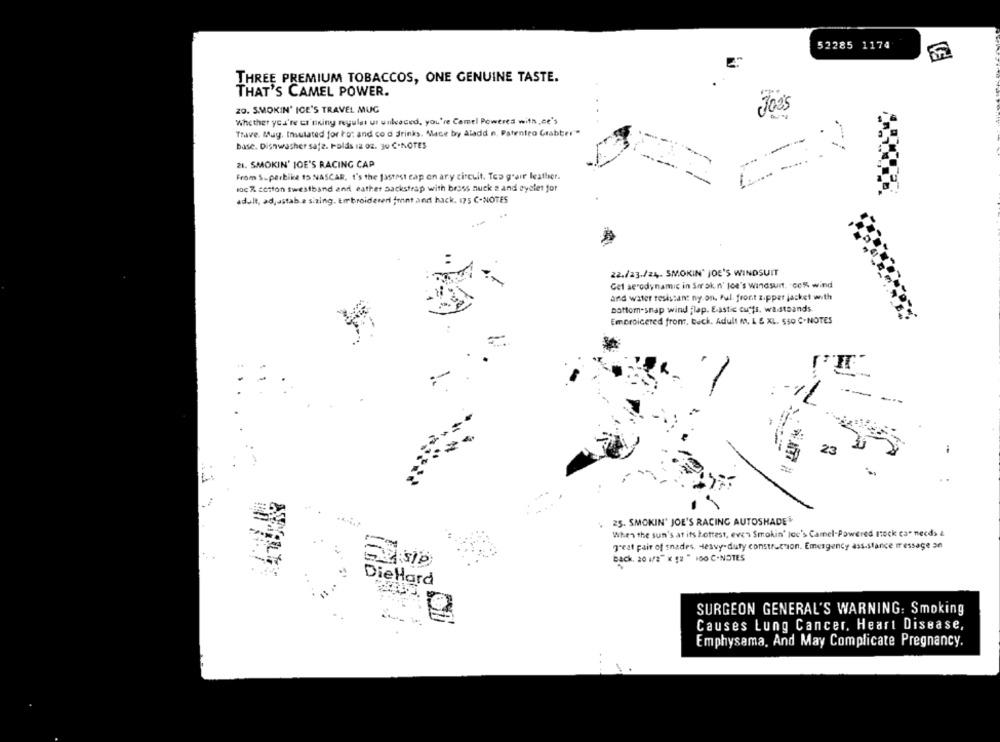
52285 1174
2.
THREE PREMIUM TOBACCOS, ONE GENUINE TASTE.
THAT'S CAMEL POWER.
20. SMOKIN' IGE'S TRAVEL MUG
Joe's
Whether yea're er aking regular ur unkoued, you're Camel Poweres with ,ce's
Trave. Mag. Insulated for to: and co d drinks. Mace by Aladd n. Patentro Grabber""
base. Dishwasher safe. Folds 12 oz. 30 ℃-NOTES
21. SMOKIN' JOE'S RACING CAP
--
From Superbike 15 NASCAR, t's the fastest cap on any circuit. Top g'sir leather.
loc % cotton twestband and eather sackstrap with brass nuck 2 and ayelet for
adult, adjustab.a sizing. Embroidereri front and hack. 175 C-NOTES
22./23./24. SMOKIN' JOE'S WINDSUIT
Get aerodynamic in Sorok.n' joe's windsurf. con wind
and water resistant ny on. Pul. front z.ppar jacket with
Bottom-snap wind flap. E-astic cuffs, wastoands.
Emproicered from, back. Adult M, L & XL. 550 ℃-NOTES
23
25. SMOKIN' JOE'S RACING AUTOSHADE
When the sun's at its hottest, even Smokin' lov's Camel-Powered stock car needs &
great pair of snades. Heavy- duty construction. Emergency ass-stance message an
back, 20 1/2" X "2 " 100 C.NOTES
DieHard
SURGEON GENERAL'S WARNING: Smoking
Causes Lung Cancer, Heart Disease,
Emphysema, And May Complicate Pregnancy.